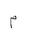
Letter: _mim